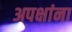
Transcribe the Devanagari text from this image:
अपक्षांना